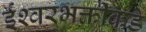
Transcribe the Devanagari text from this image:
ईश्‍वरभक्तीकडे